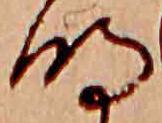
明